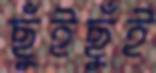
ছুঁইছুঁই